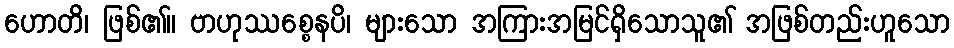
ဟောတိ၊ ဖြစ်၏။ ဗာဟုဿစ္စေနပိ၊ များသော အကြားအမြင်ရှိသောသူ၏ အဖြစ်တည်းဟူသော